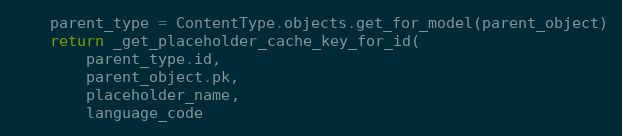
Language: Python
    parent_type = ContentType.objects.get_for_model(parent_object)
    return _get_placeholder_cache_key_for_id(
        parent_type.id,
        parent_object.pk,
        placeholder_name,
        language_code